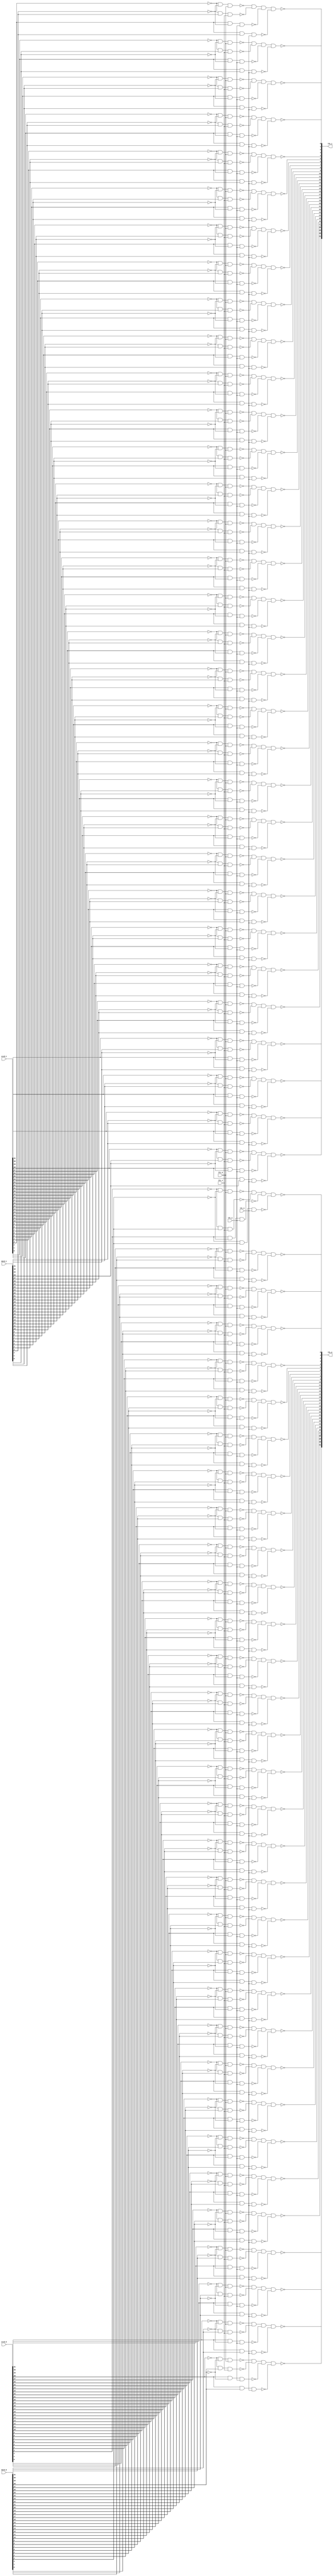
module lfu
(
	output [0:31] lfu_0,
	output [0:31] lfu_1,
	input [0:31] srcd_0,
	input [0:31] srcd_1,
	input [0:31] dstd_0,
	input [0:31] dstd_1,
	input lfc_0,
	input lfc_1,
	input lfc_2,
	input lfc_3
);
wire [0:31] dstd_n_0;
wire [0:31] dstd_n_1;
wire [0:31] lfunc_0;
wire [0:31] lfunc_1;
wire [0:31] lfunc_2;
wire [0:31] lfunc_3;
wire [0:31] lfuncb_0;
wire [0:31] lfuncb_1;
wire [0:31] lfuncb_2;
wire [0:31] lfuncb_3;
wire [0:31] srcd_n_0;
wire [0:31] srcd_n_1;
wire [0:31] trma_0;
wire [0:31] trma_1;
wire [0:31] trmb_0;
wire [0:31] trmb_1;
wire [0:31] trmc_0;
wire [0:31] trmc_1;
wire [0:31] trmd_0;
wire [0:31] trmd_1;
wire lfcb_0;
wire lfcb_1;
wire lfcb_2;
wire lfcb_3;

// LFU.NET (24) - srcd\[0-1] : iv
assign srcd_n_0[0] = ~srcd_0[0];
assign srcd_n_0[1] = ~srcd_0[1];
assign srcd_n_0[2] = ~srcd_0[2];
assign srcd_n_0[3] = ~srcd_0[3];
assign srcd_n_0[4] = ~srcd_0[4];
assign srcd_n_0[5] = ~srcd_0[5];
assign srcd_n_0[6] = ~srcd_0[6];
assign srcd_n_0[7] = ~srcd_0[7];
assign srcd_n_0[8] = ~srcd_0[8];
assign srcd_n_0[9] = ~srcd_0[9];
assign srcd_n_0[10] = ~srcd_0[10];
assign srcd_n_0[11] = ~srcd_0[11];
assign srcd_n_0[12] = ~srcd_0[12];
assign srcd_n_0[13] = ~srcd_0[13];
assign srcd_n_0[14] = ~srcd_0[14];
assign srcd_n_0[15] = ~srcd_0[15];
assign srcd_n_0[16] = ~srcd_0[16];
assign srcd_n_0[17] = ~srcd_0[17];
assign srcd_n_0[18] = ~srcd_0[18];
assign srcd_n_0[19] = ~srcd_0[19];
assign srcd_n_0[20] = ~srcd_0[20];
assign srcd_n_0[21] = ~srcd_0[21];
assign srcd_n_0[22] = ~srcd_0[22];
assign srcd_n_0[23] = ~srcd_0[23];
assign srcd_n_0[24] = ~srcd_0[24];
assign srcd_n_0[25] = ~srcd_0[25];
assign srcd_n_0[26] = ~srcd_0[26];
assign srcd_n_0[27] = ~srcd_0[27];
assign srcd_n_0[28] = ~srcd_0[28];
assign srcd_n_0[29] = ~srcd_0[29];
assign srcd_n_0[30] = ~srcd_0[30];
assign srcd_n_0[31] = ~srcd_0[31];
assign srcd_n_1[0] = ~srcd_1[0];
assign srcd_n_1[1] = ~srcd_1[1];
assign srcd_n_1[2] = ~srcd_1[2];
assign srcd_n_1[3] = ~srcd_1[3];
assign srcd_n_1[4] = ~srcd_1[4];
assign srcd_n_1[5] = ~srcd_1[5];
assign srcd_n_1[6] = ~srcd_1[6];
assign srcd_n_1[7] = ~srcd_1[7];
assign srcd_n_1[8] = ~srcd_1[8];
assign srcd_n_1[9] = ~srcd_1[9];
assign srcd_n_1[10] = ~srcd_1[10];
assign srcd_n_1[11] = ~srcd_1[11];
assign srcd_n_1[12] = ~srcd_1[12];
assign srcd_n_1[13] = ~srcd_1[13];
assign srcd_n_1[14] = ~srcd_1[14];
assign srcd_n_1[15] = ~srcd_1[15];
assign srcd_n_1[16] = ~srcd_1[16];
assign srcd_n_1[17] = ~srcd_1[17];
assign srcd_n_1[18] = ~srcd_1[18];
assign srcd_n_1[19] = ~srcd_1[19];
assign srcd_n_1[20] = ~srcd_1[20];
assign srcd_n_1[21] = ~srcd_1[21];
assign srcd_n_1[22] = ~srcd_1[22];
assign srcd_n_1[23] = ~srcd_1[23];
assign srcd_n_1[24] = ~srcd_1[24];
assign srcd_n_1[25] = ~srcd_1[25];
assign srcd_n_1[26] = ~srcd_1[26];
assign srcd_n_1[27] = ~srcd_1[27];
assign srcd_n_1[28] = ~srcd_1[28];
assign srcd_n_1[29] = ~srcd_1[29];
assign srcd_n_1[30] = ~srcd_1[30];
assign srcd_n_1[31] = ~srcd_1[31];

// LFU.NET (25) - dstd\[0-1] : iv
assign dstd_n_0[0] = ~dstd_0[0];
assign dstd_n_0[1] = ~dstd_0[1];
assign dstd_n_0[2] = ~dstd_0[2];
assign dstd_n_0[3] = ~dstd_0[3];
assign dstd_n_0[4] = ~dstd_0[4];
assign dstd_n_0[5] = ~dstd_0[5];
assign dstd_n_0[6] = ~dstd_0[6];
assign dstd_n_0[7] = ~dstd_0[7];
assign dstd_n_0[8] = ~dstd_0[8];
assign dstd_n_0[9] = ~dstd_0[9];
assign dstd_n_0[10] = ~dstd_0[10];
assign dstd_n_0[11] = ~dstd_0[11];
assign dstd_n_0[12] = ~dstd_0[12];
assign dstd_n_0[13] = ~dstd_0[13];
assign dstd_n_0[14] = ~dstd_0[14];
assign dstd_n_0[15] = ~dstd_0[15];
assign dstd_n_0[16] = ~dstd_0[16];
assign dstd_n_0[17] = ~dstd_0[17];
assign dstd_n_0[18] = ~dstd_0[18];
assign dstd_n_0[19] = ~dstd_0[19];
assign dstd_n_0[20] = ~dstd_0[20];
assign dstd_n_0[21] = ~dstd_0[21];
assign dstd_n_0[22] = ~dstd_0[22];
assign dstd_n_0[23] = ~dstd_0[23];
assign dstd_n_0[24] = ~dstd_0[24];
assign dstd_n_0[25] = ~dstd_0[25];
assign dstd_n_0[26] = ~dstd_0[26];
assign dstd_n_0[27] = ~dstd_0[27];
assign dstd_n_0[28] = ~dstd_0[28];
assign dstd_n_0[29] = ~dstd_0[29];
assign dstd_n_0[30] = ~dstd_0[30];
assign dstd_n_0[31] = ~dstd_0[31];
assign dstd_n_1[0] = ~dstd_1[0];
assign dstd_n_1[1] = ~dstd_1[1];
assign dstd_n_1[2] = ~dstd_1[2];
assign dstd_n_1[3] = ~dstd_1[3];
assign dstd_n_1[4] = ~dstd_1[4];
assign dstd_n_1[5] = ~dstd_1[5];
assign dstd_n_1[6] = ~dstd_1[6];
assign dstd_n_1[7] = ~dstd_1[7];
assign dstd_n_1[8] = ~dstd_1[8];
assign dstd_n_1[9] = ~dstd_1[9];
assign dstd_n_1[10] = ~dstd_1[10];
assign dstd_n_1[11] = ~dstd_1[11];
assign dstd_n_1[12] = ~dstd_1[12];
assign dstd_n_1[13] = ~dstd_1[13];
assign dstd_n_1[14] = ~dstd_1[14];
assign dstd_n_1[15] = ~dstd_1[15];
assign dstd_n_1[16] = ~dstd_1[16];
assign dstd_n_1[17] = ~dstd_1[17];
assign dstd_n_1[18] = ~dstd_1[18];
assign dstd_n_1[19] = ~dstd_1[19];
assign dstd_n_1[20] = ~dstd_1[20];
assign dstd_n_1[21] = ~dstd_1[21];
assign dstd_n_1[22] = ~dstd_1[22];
assign dstd_n_1[23] = ~dstd_1[23];
assign dstd_n_1[24] = ~dstd_1[24];
assign dstd_n_1[25] = ~dstd_1[25];
assign dstd_n_1[26] = ~dstd_1[26];
assign dstd_n_1[27] = ~dstd_1[27];
assign dstd_n_1[28] = ~dstd_1[28];
assign dstd_n_1[29] = ~dstd_1[29];
assign dstd_n_1[30] = ~dstd_1[30];
assign dstd_n_1[31] = ~dstd_1[31];

// LFU.NET (26) - lfcb[0-3] : nivu
assign lfcb_0 = lfc_0;
assign lfcb_1 = lfc_1;
assign lfcb_2 = lfc_2;
assign lfcb_3 = lfc_3;

// LFU.NET (27) - lfunc[0-3] : join
assign lfunc_0[0] = lfc_0;
assign lfunc_0[1] = lfc_0;
assign lfunc_0[2] = lfc_0;
assign lfunc_0[3] = lfc_0;
assign lfunc_0[4] = lfc_0;
assign lfunc_0[5] = lfc_0;
assign lfunc_0[6] = lfc_0;
assign lfunc_0[7] = lfc_0;
assign lfunc_0[8] = lfc_0;
assign lfunc_0[9] = lfc_0;
assign lfunc_0[10] = lfc_0;
assign lfunc_0[11] = lfc_0;
assign lfunc_0[12] = lfc_0;
assign lfunc_0[13] = lfc_0;
assign lfunc_0[14] = lfc_0;
assign lfunc_0[15] = lfc_0;
assign lfunc_0[16] = lfc_0;
assign lfunc_0[17] = lfc_0;
assign lfunc_0[18] = lfc_0;
assign lfunc_0[19] = lfc_0;
assign lfunc_0[20] = lfc_0;
assign lfunc_0[21] = lfc_0;
assign lfunc_0[22] = lfc_0;
assign lfunc_0[23] = lfc_0;
assign lfunc_0[24] = lfc_0;
assign lfunc_0[25] = lfc_0;
assign lfunc_0[26] = lfc_0;
assign lfunc_0[27] = lfc_0;
assign lfunc_0[28] = lfc_0;
assign lfunc_0[29] = lfc_0;
assign lfunc_0[30] = lfc_0;
assign lfunc_0[31] = lfc_0;
assign lfunc_1[0] = lfc_1;
assign lfunc_1[1] = lfc_1;
assign lfunc_1[2] = lfc_1;
assign lfunc_1[3] = lfc_1;
assign lfunc_1[4] = lfc_1;
assign lfunc_1[5] = lfc_1;
assign lfunc_1[6] = lfc_1;
assign lfunc_1[7] = lfc_1;
assign lfunc_1[8] = lfc_1;
assign lfunc_1[9] = lfc_1;
assign lfunc_1[10] = lfc_1;
assign lfunc_1[11] = lfc_1;
assign lfunc_1[12] = lfc_1;
assign lfunc_1[13] = lfc_1;
assign lfunc_1[14] = lfc_1;
assign lfunc_1[15] = lfc_1;
assign lfunc_1[16] = lfc_1;
assign lfunc_1[17] = lfc_1;
assign lfunc_1[18] = lfc_1;
assign lfunc_1[19] = lfc_1;
assign lfunc_1[20] = lfc_1;
assign lfunc_1[21] = lfc_1;
assign lfunc_1[22] = lfc_1;
assign lfunc_1[23] = lfc_1;
assign lfunc_1[24] = lfc_1;
assign lfunc_1[25] = lfc_1;
assign lfunc_1[26] = lfc_1;
assign lfunc_1[27] = lfc_1;
assign lfunc_1[28] = lfc_1;
assign lfunc_1[29] = lfc_1;
assign lfunc_1[30] = lfc_1;
assign lfunc_1[31] = lfc_1;
assign lfunc_2[0] = lfc_2;
assign lfunc_2[1] = lfc_2;
assign lfunc_2[2] = lfc_2;
assign lfunc_2[3] = lfc_2;
assign lfunc_2[4] = lfc_2;
assign lfunc_2[5] = lfc_2;
assign lfunc_2[6] = lfc_2;
assign lfunc_2[7] = lfc_2;
assign lfunc_2[8] = lfc_2;
assign lfunc_2[9] = lfc_2;
assign lfunc_2[10] = lfc_2;
assign lfunc_2[11] = lfc_2;
assign lfunc_2[12] = lfc_2;
assign lfunc_2[13] = lfc_2;
assign lfunc_2[14] = lfc_2;
assign lfunc_2[15] = lfc_2;
assign lfunc_2[16] = lfc_2;
assign lfunc_2[17] = lfc_2;
assign lfunc_2[18] = lfc_2;
assign lfunc_2[19] = lfc_2;
assign lfunc_2[20] = lfc_2;
assign lfunc_2[21] = lfc_2;
assign lfunc_2[22] = lfc_2;
assign lfunc_2[23] = lfc_2;
assign lfunc_2[24] = lfc_2;
assign lfunc_2[25] = lfc_2;
assign lfunc_2[26] = lfc_2;
assign lfunc_2[27] = lfc_2;
assign lfunc_2[28] = lfc_2;
assign lfunc_2[29] = lfc_2;
assign lfunc_2[30] = lfc_2;
assign lfunc_2[31] = lfc_2;
assign lfunc_3[0] = lfc_3;
assign lfunc_3[1] = lfc_3;
assign lfunc_3[2] = lfc_3;
assign lfunc_3[3] = lfc_3;
assign lfunc_3[4] = lfc_3;
assign lfunc_3[5] = lfc_3;
assign lfunc_3[6] = lfc_3;
assign lfunc_3[7] = lfc_3;
assign lfunc_3[8] = lfc_3;
assign lfunc_3[9] = lfc_3;
assign lfunc_3[10] = lfc_3;
assign lfunc_3[11] = lfc_3;
assign lfunc_3[12] = lfc_3;
assign lfunc_3[13] = lfc_3;
assign lfunc_3[14] = lfc_3;
assign lfunc_3[15] = lfc_3;
assign lfunc_3[16] = lfc_3;
assign lfunc_3[17] = lfc_3;
assign lfunc_3[18] = lfc_3;
assign lfunc_3[19] = lfc_3;
assign lfunc_3[20] = lfc_3;
assign lfunc_3[21] = lfc_3;
assign lfunc_3[22] = lfc_3;
assign lfunc_3[23] = lfc_3;
assign lfunc_3[24] = lfc_3;
assign lfunc_3[25] = lfc_3;
assign lfunc_3[26] = lfc_3;
assign lfunc_3[27] = lfc_3;
assign lfunc_3[28] = lfc_3;
assign lfunc_3[29] = lfc_3;
assign lfunc_3[30] = lfc_3;
assign lfunc_3[31] = lfc_3;

// LFU.NET (36) - lfuncb[0-3] : join
assign lfuncb_0[0] = lfcb_0;
assign lfuncb_0[1] = lfcb_0;
assign lfuncb_0[2] = lfcb_0;
assign lfuncb_0[3] = lfcb_0;
assign lfuncb_0[4] = lfcb_0;
assign lfuncb_0[5] = lfcb_0;
assign lfuncb_0[6] = lfcb_0;
assign lfuncb_0[7] = lfcb_0;
assign lfuncb_0[8] = lfcb_0;
assign lfuncb_0[9] = lfcb_0;
assign lfuncb_0[10] = lfcb_0;
assign lfuncb_0[11] = lfcb_0;
assign lfuncb_0[12] = lfcb_0;
assign lfuncb_0[13] = lfcb_0;
assign lfuncb_0[14] = lfcb_0;
assign lfuncb_0[15] = lfcb_0;
assign lfuncb_0[16] = lfcb_0;
assign lfuncb_0[17] = lfcb_0;
assign lfuncb_0[18] = lfcb_0;
assign lfuncb_0[19] = lfcb_0;
assign lfuncb_0[20] = lfcb_0;
assign lfuncb_0[21] = lfcb_0;
assign lfuncb_0[22] = lfcb_0;
assign lfuncb_0[23] = lfcb_0;
assign lfuncb_0[24] = lfcb_0;
assign lfuncb_0[25] = lfcb_0;
assign lfuncb_0[26] = lfcb_0;
assign lfuncb_0[27] = lfcb_0;
assign lfuncb_0[28] = lfcb_0;
assign lfuncb_0[29] = lfcb_0;
assign lfuncb_0[30] = lfcb_0;
assign lfuncb_0[31] = lfcb_0;
assign lfuncb_1[0] = lfcb_1;
assign lfuncb_1[1] = lfcb_1;
assign lfuncb_1[2] = lfcb_1;
assign lfuncb_1[3] = lfcb_1;
assign lfuncb_1[4] = lfcb_1;
assign lfuncb_1[5] = lfcb_1;
assign lfuncb_1[6] = lfcb_1;
assign lfuncb_1[7] = lfcb_1;
assign lfuncb_1[8] = lfcb_1;
assign lfuncb_1[9] = lfcb_1;
assign lfuncb_1[10] = lfcb_1;
assign lfuncb_1[11] = lfcb_1;
assign lfuncb_1[12] = lfcb_1;
assign lfuncb_1[13] = lfcb_1;
assign lfuncb_1[14] = lfcb_1;
assign lfuncb_1[15] = lfcb_1;
assign lfuncb_1[16] = lfcb_1;
assign lfuncb_1[17] = lfcb_1;
assign lfuncb_1[18] = lfcb_1;
assign lfuncb_1[19] = lfcb_1;
assign lfuncb_1[20] = lfcb_1;
assign lfuncb_1[21] = lfcb_1;
assign lfuncb_1[22] = lfcb_1;
assign lfuncb_1[23] = lfcb_1;
assign lfuncb_1[24] = lfcb_1;
assign lfuncb_1[25] = lfcb_1;
assign lfuncb_1[26] = lfcb_1;
assign lfuncb_1[27] = lfcb_1;
assign lfuncb_1[28] = lfcb_1;
assign lfuncb_1[29] = lfcb_1;
assign lfuncb_1[30] = lfcb_1;
assign lfuncb_1[31] = lfcb_1;
assign lfuncb_2[0] = lfcb_2;
assign lfuncb_2[1] = lfcb_2;
assign lfuncb_2[2] = lfcb_2;
assign lfuncb_2[3] = lfcb_2;
assign lfuncb_2[4] = lfcb_2;
assign lfuncb_2[5] = lfcb_2;
assign lfuncb_2[6] = lfcb_2;
assign lfuncb_2[7] = lfcb_2;
assign lfuncb_2[8] = lfcb_2;
assign lfuncb_2[9] = lfcb_2;
assign lfuncb_2[10] = lfcb_2;
assign lfuncb_2[11] = lfcb_2;
assign lfuncb_2[12] = lfcb_2;
assign lfuncb_2[13] = lfcb_2;
assign lfuncb_2[14] = lfcb_2;
assign lfuncb_2[15] = lfcb_2;
assign lfuncb_2[16] = lfcb_2;
assign lfuncb_2[17] = lfcb_2;
assign lfuncb_2[18] = lfcb_2;
assign lfuncb_2[19] = lfcb_2;
assign lfuncb_2[20] = lfcb_2;
assign lfuncb_2[21] = lfcb_2;
assign lfuncb_2[22] = lfcb_2;
assign lfuncb_2[23] = lfcb_2;
assign lfuncb_2[24] = lfcb_2;
assign lfuncb_2[25] = lfcb_2;
assign lfuncb_2[26] = lfcb_2;
assign lfuncb_2[27] = lfcb_2;
assign lfuncb_2[28] = lfcb_2;
assign lfuncb_2[29] = lfcb_2;
assign lfuncb_2[30] = lfcb_2;
assign lfuncb_2[31] = lfcb_2;
assign lfuncb_3[0] = lfcb_3;
assign lfuncb_3[1] = lfcb_3;
assign lfuncb_3[2] = lfcb_3;
assign lfuncb_3[3] = lfcb_3;
assign lfuncb_3[4] = lfcb_3;
assign lfuncb_3[5] = lfcb_3;
assign lfuncb_3[6] = lfcb_3;
assign lfuncb_3[7] = lfcb_3;
assign lfuncb_3[8] = lfcb_3;
assign lfuncb_3[9] = lfcb_3;
assign lfuncb_3[10] = lfcb_3;
assign lfuncb_3[11] = lfcb_3;
assign lfuncb_3[12] = lfcb_3;
assign lfuncb_3[13] = lfcb_3;
assign lfuncb_3[14] = lfcb_3;
assign lfuncb_3[15] = lfcb_3;
assign lfuncb_3[16] = lfcb_3;
assign lfuncb_3[17] = lfcb_3;
assign lfuncb_3[18] = lfcb_3;
assign lfuncb_3[19] = lfcb_3;
assign lfuncb_3[20] = lfcb_3;
assign lfuncb_3[21] = lfcb_3;
assign lfuncb_3[22] = lfcb_3;
assign lfuncb_3[23] = lfcb_3;
assign lfuncb_3[24] = lfcb_3;
assign lfuncb_3[25] = lfcb_3;
assign lfuncb_3[26] = lfcb_3;
assign lfuncb_3[27] = lfcb_3;
assign lfuncb_3[28] = lfcb_3;
assign lfuncb_3[29] = lfcb_3;
assign lfuncb_3[30] = lfcb_3;
assign lfuncb_3[31] = lfcb_3;

// LFU.NET (45) - lftrma[0] : nd3
assign trma_0[0] = ~(srcd_n_0[0] & dstd_n_0[0] & lfunc_0[0]);
assign trma_0[1] = ~(srcd_n_0[1] & dstd_n_0[1] & lfunc_0[1]);
assign trma_0[2] = ~(srcd_n_0[2] & dstd_n_0[2] & lfunc_0[2]);
assign trma_0[3] = ~(srcd_n_0[3] & dstd_n_0[3] & lfunc_0[3]);
assign trma_0[4] = ~(srcd_n_0[4] & dstd_n_0[4] & lfunc_0[4]);
assign trma_0[5] = ~(srcd_n_0[5] & dstd_n_0[5] & lfunc_0[5]);
assign trma_0[6] = ~(srcd_n_0[6] & dstd_n_0[6] & lfunc_0[6]);
assign trma_0[7] = ~(srcd_n_0[7] & dstd_n_0[7] & lfunc_0[7]);
assign trma_0[8] = ~(srcd_n_0[8] & dstd_n_0[8] & lfunc_0[8]);
assign trma_0[9] = ~(srcd_n_0[9] & dstd_n_0[9] & lfunc_0[9]);
assign trma_0[10] = ~(srcd_n_0[10] & dstd_n_0[10] & lfunc_0[10]);
assign trma_0[11] = ~(srcd_n_0[11] & dstd_n_0[11] & lfunc_0[11]);
assign trma_0[12] = ~(srcd_n_0[12] & dstd_n_0[12] & lfunc_0[12]);
assign trma_0[13] = ~(srcd_n_0[13] & dstd_n_0[13] & lfunc_0[13]);
assign trma_0[14] = ~(srcd_n_0[14] & dstd_n_0[14] & lfunc_0[14]);
assign trma_0[15] = ~(srcd_n_0[15] & dstd_n_0[15] & lfunc_0[15]);
assign trma_0[16] = ~(srcd_n_0[16] & dstd_n_0[16] & lfunc_0[16]);
assign trma_0[17] = ~(srcd_n_0[17] & dstd_n_0[17] & lfunc_0[17]);
assign trma_0[18] = ~(srcd_n_0[18] & dstd_n_0[18] & lfunc_0[18]);
assign trma_0[19] = ~(srcd_n_0[19] & dstd_n_0[19] & lfunc_0[19]);
assign trma_0[20] = ~(srcd_n_0[20] & dstd_n_0[20] & lfunc_0[20]);
assign trma_0[21] = ~(srcd_n_0[21] & dstd_n_0[21] & lfunc_0[21]);
assign trma_0[22] = ~(srcd_n_0[22] & dstd_n_0[22] & lfunc_0[22]);
assign trma_0[23] = ~(srcd_n_0[23] & dstd_n_0[23] & lfunc_0[23]);
assign trma_0[24] = ~(srcd_n_0[24] & dstd_n_0[24] & lfunc_0[24]);
assign trma_0[25] = ~(srcd_n_0[25] & dstd_n_0[25] & lfunc_0[25]);
assign trma_0[26] = ~(srcd_n_0[26] & dstd_n_0[26] & lfunc_0[26]);
assign trma_0[27] = ~(srcd_n_0[27] & dstd_n_0[27] & lfunc_0[27]);
assign trma_0[28] = ~(srcd_n_0[28] & dstd_n_0[28] & lfunc_0[28]);
assign trma_0[29] = ~(srcd_n_0[29] & dstd_n_0[29] & lfunc_0[29]);
assign trma_0[30] = ~(srcd_n_0[30] & dstd_n_0[30] & lfunc_0[30]);
assign trma_0[31] = ~(srcd_n_0[31] & dstd_n_0[31] & lfunc_0[31]);

// LFU.NET (47) - lftrmb[0] : nd3
assign trmb_0[0] = ~(srcd_n_0[0] & dstd_0[0] & lfunc_1[0]);
assign trmb_0[1] = ~(srcd_n_0[1] & dstd_0[1] & lfunc_1[1]);
assign trmb_0[2] = ~(srcd_n_0[2] & dstd_0[2] & lfunc_1[2]);
assign trmb_0[3] = ~(srcd_n_0[3] & dstd_0[3] & lfunc_1[3]);
assign trmb_0[4] = ~(srcd_n_0[4] & dstd_0[4] & lfunc_1[4]);
assign trmb_0[5] = ~(srcd_n_0[5] & dstd_0[5] & lfunc_1[5]);
assign trmb_0[6] = ~(srcd_n_0[6] & dstd_0[6] & lfunc_1[6]);
assign trmb_0[7] = ~(srcd_n_0[7] & dstd_0[7] & lfunc_1[7]);
assign trmb_0[8] = ~(srcd_n_0[8] & dstd_0[8] & lfunc_1[8]);
assign trmb_0[9] = ~(srcd_n_0[9] & dstd_0[9] & lfunc_1[9]);
assign trmb_0[10] = ~(srcd_n_0[10] & dstd_0[10] & lfunc_1[10]);
assign trmb_0[11] = ~(srcd_n_0[11] & dstd_0[11] & lfunc_1[11]);
assign trmb_0[12] = ~(srcd_n_0[12] & dstd_0[12] & lfunc_1[12]);
assign trmb_0[13] = ~(srcd_n_0[13] & dstd_0[13] & lfunc_1[13]);
assign trmb_0[14] = ~(srcd_n_0[14] & dstd_0[14] & lfunc_1[14]);
assign trmb_0[15] = ~(srcd_n_0[15] & dstd_0[15] & lfunc_1[15]);
assign trmb_0[16] = ~(srcd_n_0[16] & dstd_0[16] & lfunc_1[16]);
assign trmb_0[17] = ~(srcd_n_0[17] & dstd_0[17] & lfunc_1[17]);
assign trmb_0[18] = ~(srcd_n_0[18] & dstd_0[18] & lfunc_1[18]);
assign trmb_0[19] = ~(srcd_n_0[19] & dstd_0[19] & lfunc_1[19]);
assign trmb_0[20] = ~(srcd_n_0[20] & dstd_0[20] & lfunc_1[20]);
assign trmb_0[21] = ~(srcd_n_0[21] & dstd_0[21] & lfunc_1[21]);
assign trmb_0[22] = ~(srcd_n_0[22] & dstd_0[22] & lfunc_1[22]);
assign trmb_0[23] = ~(srcd_n_0[23] & dstd_0[23] & lfunc_1[23]);
assign trmb_0[24] = ~(srcd_n_0[24] & dstd_0[24] & lfunc_1[24]);
assign trmb_0[25] = ~(srcd_n_0[25] & dstd_0[25] & lfunc_1[25]);
assign trmb_0[26] = ~(srcd_n_0[26] & dstd_0[26] & lfunc_1[26]);
assign trmb_0[27] = ~(srcd_n_0[27] & dstd_0[27] & lfunc_1[27]);
assign trmb_0[28] = ~(srcd_n_0[28] & dstd_0[28] & lfunc_1[28]);
assign trmb_0[29] = ~(srcd_n_0[29] & dstd_0[29] & lfunc_1[29]);
assign trmb_0[30] = ~(srcd_n_0[30] & dstd_0[30] & lfunc_1[30]);
assign trmb_0[31] = ~(srcd_n_0[31] & dstd_0[31] & lfunc_1[31]);

// LFU.NET (49) - lftrmc[0] : nd3
assign trmc_0[0] = ~(srcd_0[0] & dstd_n_0[0] & lfunc_2[0]);
assign trmc_0[1] = ~(srcd_0[1] & dstd_n_0[1] & lfunc_2[1]);
assign trmc_0[2] = ~(srcd_0[2] & dstd_n_0[2] & lfunc_2[2]);
assign trmc_0[3] = ~(srcd_0[3] & dstd_n_0[3] & lfunc_2[3]);
assign trmc_0[4] = ~(srcd_0[4] & dstd_n_0[4] & lfunc_2[4]);
assign trmc_0[5] = ~(srcd_0[5] & dstd_n_0[5] & lfunc_2[5]);
assign trmc_0[6] = ~(srcd_0[6] & dstd_n_0[6] & lfunc_2[6]);
assign trmc_0[7] = ~(srcd_0[7] & dstd_n_0[7] & lfunc_2[7]);
assign trmc_0[8] = ~(srcd_0[8] & dstd_n_0[8] & lfunc_2[8]);
assign trmc_0[9] = ~(srcd_0[9] & dstd_n_0[9] & lfunc_2[9]);
assign trmc_0[10] = ~(srcd_0[10] & dstd_n_0[10] & lfunc_2[10]);
assign trmc_0[11] = ~(srcd_0[11] & dstd_n_0[11] & lfunc_2[11]);
assign trmc_0[12] = ~(srcd_0[12] & dstd_n_0[12] & lfunc_2[12]);
assign trmc_0[13] = ~(srcd_0[13] & dstd_n_0[13] & lfunc_2[13]);
assign trmc_0[14] = ~(srcd_0[14] & dstd_n_0[14] & lfunc_2[14]);
assign trmc_0[15] = ~(srcd_0[15] & dstd_n_0[15] & lfunc_2[15]);
assign trmc_0[16] = ~(srcd_0[16] & dstd_n_0[16] & lfunc_2[16]);
assign trmc_0[17] = ~(srcd_0[17] & dstd_n_0[17] & lfunc_2[17]);
assign trmc_0[18] = ~(srcd_0[18] & dstd_n_0[18] & lfunc_2[18]);
assign trmc_0[19] = ~(srcd_0[19] & dstd_n_0[19] & lfunc_2[19]);
assign trmc_0[20] = ~(srcd_0[20] & dstd_n_0[20] & lfunc_2[20]);
assign trmc_0[21] = ~(srcd_0[21] & dstd_n_0[21] & lfunc_2[21]);
assign trmc_0[22] = ~(srcd_0[22] & dstd_n_0[22] & lfunc_2[22]);
assign trmc_0[23] = ~(srcd_0[23] & dstd_n_0[23] & lfunc_2[23]);
assign trmc_0[24] = ~(srcd_0[24] & dstd_n_0[24] & lfunc_2[24]);
assign trmc_0[25] = ~(srcd_0[25] & dstd_n_0[25] & lfunc_2[25]);
assign trmc_0[26] = ~(srcd_0[26] & dstd_n_0[26] & lfunc_2[26]);
assign trmc_0[27] = ~(srcd_0[27] & dstd_n_0[27] & lfunc_2[27]);
assign trmc_0[28] = ~(srcd_0[28] & dstd_n_0[28] & lfunc_2[28]);
assign trmc_0[29] = ~(srcd_0[29] & dstd_n_0[29] & lfunc_2[29]);
assign trmc_0[30] = ~(srcd_0[30] & dstd_n_0[30] & lfunc_2[30]);
assign trmc_0[31] = ~(srcd_0[31] & dstd_n_0[31] & lfunc_2[31]);

// LFU.NET (51) - lftrmd[0] : nd3
assign trmd_0[0] = ~(srcd_0[0] & dstd_0[0] & lfunc_3[0]);
assign trmd_0[1] = ~(srcd_0[1] & dstd_0[1] & lfunc_3[1]);
assign trmd_0[2] = ~(srcd_0[2] & dstd_0[2] & lfunc_3[2]);
assign trmd_0[3] = ~(srcd_0[3] & dstd_0[3] & lfunc_3[3]);
assign trmd_0[4] = ~(srcd_0[4] & dstd_0[4] & lfunc_3[4]);
assign trmd_0[5] = ~(srcd_0[5] & dstd_0[5] & lfunc_3[5]);
assign trmd_0[6] = ~(srcd_0[6] & dstd_0[6] & lfunc_3[6]);
assign trmd_0[7] = ~(srcd_0[7] & dstd_0[7] & lfunc_3[7]);
assign trmd_0[8] = ~(srcd_0[8] & dstd_0[8] & lfunc_3[8]);
assign trmd_0[9] = ~(srcd_0[9] & dstd_0[9] & lfunc_3[9]);
assign trmd_0[10] = ~(srcd_0[10] & dstd_0[10] & lfunc_3[10]);
assign trmd_0[11] = ~(srcd_0[11] & dstd_0[11] & lfunc_3[11]);
assign trmd_0[12] = ~(srcd_0[12] & dstd_0[12] & lfunc_3[12]);
assign trmd_0[13] = ~(srcd_0[13] & dstd_0[13] & lfunc_3[13]);
assign trmd_0[14] = ~(srcd_0[14] & dstd_0[14] & lfunc_3[14]);
assign trmd_0[15] = ~(srcd_0[15] & dstd_0[15] & lfunc_3[15]);
assign trmd_0[16] = ~(srcd_0[16] & dstd_0[16] & lfunc_3[16]);
assign trmd_0[17] = ~(srcd_0[17] & dstd_0[17] & lfunc_3[17]);
assign trmd_0[18] = ~(srcd_0[18] & dstd_0[18] & lfunc_3[18]);
assign trmd_0[19] = ~(srcd_0[19] & dstd_0[19] & lfunc_3[19]);
assign trmd_0[20] = ~(srcd_0[20] & dstd_0[20] & lfunc_3[20]);
assign trmd_0[21] = ~(srcd_0[21] & dstd_0[21] & lfunc_3[21]);
assign trmd_0[22] = ~(srcd_0[22] & dstd_0[22] & lfunc_3[22]);
assign trmd_0[23] = ~(srcd_0[23] & dstd_0[23] & lfunc_3[23]);
assign trmd_0[24] = ~(srcd_0[24] & dstd_0[24] & lfunc_3[24]);
assign trmd_0[25] = ~(srcd_0[25] & dstd_0[25] & lfunc_3[25]);
assign trmd_0[26] = ~(srcd_0[26] & dstd_0[26] & lfunc_3[26]);
assign trmd_0[27] = ~(srcd_0[27] & dstd_0[27] & lfunc_3[27]);
assign trmd_0[28] = ~(srcd_0[28] & dstd_0[28] & lfunc_3[28]);
assign trmd_0[29] = ~(srcd_0[29] & dstd_0[29] & lfunc_3[29]);
assign trmd_0[30] = ~(srcd_0[30] & dstd_0[30] & lfunc_3[30]);
assign trmd_0[31] = ~(srcd_0[31] & dstd_0[31] & lfunc_3[31]);

// LFU.NET (53) - lftrma[1] : nd3
assign trma_1[0] = ~(srcd_n_1[0] & dstd_n_1[0] & lfuncb_0[0]);
assign trma_1[1] = ~(srcd_n_1[1] & dstd_n_1[1] & lfuncb_0[1]);
assign trma_1[2] = ~(srcd_n_1[2] & dstd_n_1[2] & lfuncb_0[2]);
assign trma_1[3] = ~(srcd_n_1[3] & dstd_n_1[3] & lfuncb_0[3]);
assign trma_1[4] = ~(srcd_n_1[4] & dstd_n_1[4] & lfuncb_0[4]);
assign trma_1[5] = ~(srcd_n_1[5] & dstd_n_1[5] & lfuncb_0[5]);
assign trma_1[6] = ~(srcd_n_1[6] & dstd_n_1[6] & lfuncb_0[6]);
assign trma_1[7] = ~(srcd_n_1[7] & dstd_n_1[7] & lfuncb_0[7]);
assign trma_1[8] = ~(srcd_n_1[8] & dstd_n_1[8] & lfuncb_0[8]);
assign trma_1[9] = ~(srcd_n_1[9] & dstd_n_1[9] & lfuncb_0[9]);
assign trma_1[10] = ~(srcd_n_1[10] & dstd_n_1[10] & lfuncb_0[10]);
assign trma_1[11] = ~(srcd_n_1[11] & dstd_n_1[11] & lfuncb_0[11]);
assign trma_1[12] = ~(srcd_n_1[12] & dstd_n_1[12] & lfuncb_0[12]);
assign trma_1[13] = ~(srcd_n_1[13] & dstd_n_1[13] & lfuncb_0[13]);
assign trma_1[14] = ~(srcd_n_1[14] & dstd_n_1[14] & lfuncb_0[14]);
assign trma_1[15] = ~(srcd_n_1[15] & dstd_n_1[15] & lfuncb_0[15]);
assign trma_1[16] = ~(srcd_n_1[16] & dstd_n_1[16] & lfuncb_0[16]);
assign trma_1[17] = ~(srcd_n_1[17] & dstd_n_1[17] & lfuncb_0[17]);
assign trma_1[18] = ~(srcd_n_1[18] & dstd_n_1[18] & lfuncb_0[18]);
assign trma_1[19] = ~(srcd_n_1[19] & dstd_n_1[19] & lfuncb_0[19]);
assign trma_1[20] = ~(srcd_n_1[20] & dstd_n_1[20] & lfuncb_0[20]);
assign trma_1[21] = ~(srcd_n_1[21] & dstd_n_1[21] & lfuncb_0[21]);
assign trma_1[22] = ~(srcd_n_1[22] & dstd_n_1[22] & lfuncb_0[22]);
assign trma_1[23] = ~(srcd_n_1[23] & dstd_n_1[23] & lfuncb_0[23]);
assign trma_1[24] = ~(srcd_n_1[24] & dstd_n_1[24] & lfuncb_0[24]);
assign trma_1[25] = ~(srcd_n_1[25] & dstd_n_1[25] & lfuncb_0[25]);
assign trma_1[26] = ~(srcd_n_1[26] & dstd_n_1[26] & lfuncb_0[26]);
assign trma_1[27] = ~(srcd_n_1[27] & dstd_n_1[27] & lfuncb_0[27]);
assign trma_1[28] = ~(srcd_n_1[28] & dstd_n_1[28] & lfuncb_0[28]);
assign trma_1[29] = ~(srcd_n_1[29] & dstd_n_1[29] & lfuncb_0[29]);
assign trma_1[30] = ~(srcd_n_1[30] & dstd_n_1[30] & lfuncb_0[30]);
assign trma_1[31] = ~(srcd_n_1[31] & dstd_n_1[31] & lfuncb_0[31]);

// LFU.NET (55) - lftrmb[1] : nd3
assign trmb_1[0] = ~(srcd_n_1[0] & dstd_1[0] & lfuncb_1[0]);
assign trmb_1[1] = ~(srcd_n_1[1] & dstd_1[1] & lfuncb_1[1]);
assign trmb_1[2] = ~(srcd_n_1[2] & dstd_1[2] & lfuncb_1[2]);
assign trmb_1[3] = ~(srcd_n_1[3] & dstd_1[3] & lfuncb_1[3]);
assign trmb_1[4] = ~(srcd_n_1[4] & dstd_1[4] & lfuncb_1[4]);
assign trmb_1[5] = ~(srcd_n_1[5] & dstd_1[5] & lfuncb_1[5]);
assign trmb_1[6] = ~(srcd_n_1[6] & dstd_1[6] & lfuncb_1[6]);
assign trmb_1[7] = ~(srcd_n_1[7] & dstd_1[7] & lfuncb_1[7]);
assign trmb_1[8] = ~(srcd_n_1[8] & dstd_1[8] & lfuncb_1[8]);
assign trmb_1[9] = ~(srcd_n_1[9] & dstd_1[9] & lfuncb_1[9]);
assign trmb_1[10] = ~(srcd_n_1[10] & dstd_1[10] & lfuncb_1[10]);
assign trmb_1[11] = ~(srcd_n_1[11] & dstd_1[11] & lfuncb_1[11]);
assign trmb_1[12] = ~(srcd_n_1[12] & dstd_1[12] & lfuncb_1[12]);
assign trmb_1[13] = ~(srcd_n_1[13] & dstd_1[13] & lfuncb_1[13]);
assign trmb_1[14] = ~(srcd_n_1[14] & dstd_1[14] & lfuncb_1[14]);
assign trmb_1[15] = ~(srcd_n_1[15] & dstd_1[15] & lfuncb_1[15]);
assign trmb_1[16] = ~(srcd_n_1[16] & dstd_1[16] & lfuncb_1[16]);
assign trmb_1[17] = ~(srcd_n_1[17] & dstd_1[17] & lfuncb_1[17]);
assign trmb_1[18] = ~(srcd_n_1[18] & dstd_1[18] & lfuncb_1[18]);
assign trmb_1[19] = ~(srcd_n_1[19] & dstd_1[19] & lfuncb_1[19]);
assign trmb_1[20] = ~(srcd_n_1[20] & dstd_1[20] & lfuncb_1[20]);
assign trmb_1[21] = ~(srcd_n_1[21] & dstd_1[21] & lfuncb_1[21]);
assign trmb_1[22] = ~(srcd_n_1[22] & dstd_1[22] & lfuncb_1[22]);
assign trmb_1[23] = ~(srcd_n_1[23] & dstd_1[23] & lfuncb_1[23]);
assign trmb_1[24] = ~(srcd_n_1[24] & dstd_1[24] & lfuncb_1[24]);
assign trmb_1[25] = ~(srcd_n_1[25] & dstd_1[25] & lfuncb_1[25]);
assign trmb_1[26] = ~(srcd_n_1[26] & dstd_1[26] & lfuncb_1[26]);
assign trmb_1[27] = ~(srcd_n_1[27] & dstd_1[27] & lfuncb_1[27]);
assign trmb_1[28] = ~(srcd_n_1[28] & dstd_1[28] & lfuncb_1[28]);
assign trmb_1[29] = ~(srcd_n_1[29] & dstd_1[29] & lfuncb_1[29]);
assign trmb_1[30] = ~(srcd_n_1[30] & dstd_1[30] & lfuncb_1[30]);
assign trmb_1[31] = ~(srcd_n_1[31] & dstd_1[31] & lfuncb_1[31]);

// LFU.NET (57) - lftrmc[1] : nd3
assign trmc_1[0] = ~(srcd_1[0] & dstd_n_1[0] & lfuncb_2[0]);
assign trmc_1[1] = ~(srcd_1[1] & dstd_n_1[1] & lfuncb_2[1]);
assign trmc_1[2] = ~(srcd_1[2] & dstd_n_1[2] & lfuncb_2[2]);
assign trmc_1[3] = ~(srcd_1[3] & dstd_n_1[3] & lfuncb_2[3]);
assign trmc_1[4] = ~(srcd_1[4] & dstd_n_1[4] & lfuncb_2[4]);
assign trmc_1[5] = ~(srcd_1[5] & dstd_n_1[5] & lfuncb_2[5]);
assign trmc_1[6] = ~(srcd_1[6] & dstd_n_1[6] & lfuncb_2[6]);
assign trmc_1[7] = ~(srcd_1[7] & dstd_n_1[7] & lfuncb_2[7]);
assign trmc_1[8] = ~(srcd_1[8] & dstd_n_1[8] & lfuncb_2[8]);
assign trmc_1[9] = ~(srcd_1[9] & dstd_n_1[9] & lfuncb_2[9]);
assign trmc_1[10] = ~(srcd_1[10] & dstd_n_1[10] & lfuncb_2[10]);
assign trmc_1[11] = ~(srcd_1[11] & dstd_n_1[11] & lfuncb_2[11]);
assign trmc_1[12] = ~(srcd_1[12] & dstd_n_1[12] & lfuncb_2[12]);
assign trmc_1[13] = ~(srcd_1[13] & dstd_n_1[13] & lfuncb_2[13]);
assign trmc_1[14] = ~(srcd_1[14] & dstd_n_1[14] & lfuncb_2[14]);
assign trmc_1[15] = ~(srcd_1[15] & dstd_n_1[15] & lfuncb_2[15]);
assign trmc_1[16] = ~(srcd_1[16] & dstd_n_1[16] & lfuncb_2[16]);
assign trmc_1[17] = ~(srcd_1[17] & dstd_n_1[17] & lfuncb_2[17]);
assign trmc_1[18] = ~(srcd_1[18] & dstd_n_1[18] & lfuncb_2[18]);
assign trmc_1[19] = ~(srcd_1[19] & dstd_n_1[19] & lfuncb_2[19]);
assign trmc_1[20] = ~(srcd_1[20] & dstd_n_1[20] & lfuncb_2[20]);
assign trmc_1[21] = ~(srcd_1[21] & dstd_n_1[21] & lfuncb_2[21]);
assign trmc_1[22] = ~(srcd_1[22] & dstd_n_1[22] & lfuncb_2[22]);
assign trmc_1[23] = ~(srcd_1[23] & dstd_n_1[23] & lfuncb_2[23]);
assign trmc_1[24] = ~(srcd_1[24] & dstd_n_1[24] & lfuncb_2[24]);
assign trmc_1[25] = ~(srcd_1[25] & dstd_n_1[25] & lfuncb_2[25]);
assign trmc_1[26] = ~(srcd_1[26] & dstd_n_1[26] & lfuncb_2[26]);
assign trmc_1[27] = ~(srcd_1[27] & dstd_n_1[27] & lfuncb_2[27]);
assign trmc_1[28] = ~(srcd_1[28] & dstd_n_1[28] & lfuncb_2[28]);
assign trmc_1[29] = ~(srcd_1[29] & dstd_n_1[29] & lfuncb_2[29]);
assign trmc_1[30] = ~(srcd_1[30] & dstd_n_1[30] & lfuncb_2[30]);
assign trmc_1[31] = ~(srcd_1[31] & dstd_n_1[31] & lfuncb_2[31]);

// LFU.NET (59) - lftrmd[1] : nd3
assign trmd_1[0] = ~(srcd_1[0] & dstd_1[0] & lfuncb_3[0]);
assign trmd_1[1] = ~(srcd_1[1] & dstd_1[1] & lfuncb_3[1]);
assign trmd_1[2] = ~(srcd_1[2] & dstd_1[2] & lfuncb_3[2]);
assign trmd_1[3] = ~(srcd_1[3] & dstd_1[3] & lfuncb_3[3]);
assign trmd_1[4] = ~(srcd_1[4] & dstd_1[4] & lfuncb_3[4]);
assign trmd_1[5] = ~(srcd_1[5] & dstd_1[5] & lfuncb_3[5]);
assign trmd_1[6] = ~(srcd_1[6] & dstd_1[6] & lfuncb_3[6]);
assign trmd_1[7] = ~(srcd_1[7] & dstd_1[7] & lfuncb_3[7]);
assign trmd_1[8] = ~(srcd_1[8] & dstd_1[8] & lfuncb_3[8]);
assign trmd_1[9] = ~(srcd_1[9] & dstd_1[9] & lfuncb_3[9]);
assign trmd_1[10] = ~(srcd_1[10] & dstd_1[10] & lfuncb_3[10]);
assign trmd_1[11] = ~(srcd_1[11] & dstd_1[11] & lfuncb_3[11]);
assign trmd_1[12] = ~(srcd_1[12] & dstd_1[12] & lfuncb_3[12]);
assign trmd_1[13] = ~(srcd_1[13] & dstd_1[13] & lfuncb_3[13]);
assign trmd_1[14] = ~(srcd_1[14] & dstd_1[14] & lfuncb_3[14]);
assign trmd_1[15] = ~(srcd_1[15] & dstd_1[15] & lfuncb_3[15]);
assign trmd_1[16] = ~(srcd_1[16] & dstd_1[16] & lfuncb_3[16]);
assign trmd_1[17] = ~(srcd_1[17] & dstd_1[17] & lfuncb_3[17]);
assign trmd_1[18] = ~(srcd_1[18] & dstd_1[18] & lfuncb_3[18]);
assign trmd_1[19] = ~(srcd_1[19] & dstd_1[19] & lfuncb_3[19]);
assign trmd_1[20] = ~(srcd_1[20] & dstd_1[20] & lfuncb_3[20]);
assign trmd_1[21] = ~(srcd_1[21] & dstd_1[21] & lfuncb_3[21]);
assign trmd_1[22] = ~(srcd_1[22] & dstd_1[22] & lfuncb_3[22]);
assign trmd_1[23] = ~(srcd_1[23] & dstd_1[23] & lfuncb_3[23]);
assign trmd_1[24] = ~(srcd_1[24] & dstd_1[24] & lfuncb_3[24]);
assign trmd_1[25] = ~(srcd_1[25] & dstd_1[25] & lfuncb_3[25]);
assign trmd_1[26] = ~(srcd_1[26] & dstd_1[26] & lfuncb_3[26]);
assign trmd_1[27] = ~(srcd_1[27] & dstd_1[27] & lfuncb_3[27]);
assign trmd_1[28] = ~(srcd_1[28] & dstd_1[28] & lfuncb_3[28]);
assign trmd_1[29] = ~(srcd_1[29] & dstd_1[29] & lfuncb_3[29]);
assign trmd_1[30] = ~(srcd_1[30] & dstd_1[30] & lfuncb_3[30]);
assign trmd_1[31] = ~(srcd_1[31] & dstd_1[31] & lfuncb_3[31]);

// LFU.NET (61) - lfgen[0-1] : nd4
assign lfu_0[0] = ~(trma_0[0] & trmb_0[0] & trmc_0[0] & trmd_0[0]);
assign lfu_0[1] = ~(trma_0[1] & trmb_0[1] & trmc_0[1] & trmd_0[1]);
assign lfu_0[2] = ~(trma_0[2] & trmb_0[2] & trmc_0[2] & trmd_0[2]);
assign lfu_0[3] = ~(trma_0[3] & trmb_0[3] & trmc_0[3] & trmd_0[3]);
assign lfu_0[4] = ~(trma_0[4] & trmb_0[4] & trmc_0[4] & trmd_0[4]);
assign lfu_0[5] = ~(trma_0[5] & trmb_0[5] & trmc_0[5] & trmd_0[5]);
assign lfu_0[6] = ~(trma_0[6] & trmb_0[6] & trmc_0[6] & trmd_0[6]);
assign lfu_0[7] = ~(trma_0[7] & trmb_0[7] & trmc_0[7] & trmd_0[7]);
assign lfu_0[8] = ~(trma_0[8] & trmb_0[8] & trmc_0[8] & trmd_0[8]);
assign lfu_0[9] = ~(trma_0[9] & trmb_0[9] & trmc_0[9] & trmd_0[9]);
assign lfu_0[10] = ~(trma_0[10] & trmb_0[10] & trmc_0[10] & trmd_0[10]);
assign lfu_0[11] = ~(trma_0[11] & trmb_0[11] & trmc_0[11] & trmd_0[11]);
assign lfu_0[12] = ~(trma_0[12] & trmb_0[12] & trmc_0[12] & trmd_0[12]);
assign lfu_0[13] = ~(trma_0[13] & trmb_0[13] & trmc_0[13] & trmd_0[13]);
assign lfu_0[14] = ~(trma_0[14] & trmb_0[14] & trmc_0[14] & trmd_0[14]);
assign lfu_0[15] = ~(trma_0[15] & trmb_0[15] & trmc_0[15] & trmd_0[15]);
assign lfu_0[16] = ~(trma_0[16] & trmb_0[16] & trmc_0[16] & trmd_0[16]);
assign lfu_0[17] = ~(trma_0[17] & trmb_0[17] & trmc_0[17] & trmd_0[17]);
assign lfu_0[18] = ~(trma_0[18] & trmb_0[18] & trmc_0[18] & trmd_0[18]);
assign lfu_0[19] = ~(trma_0[19] & trmb_0[19] & trmc_0[19] & trmd_0[19]);
assign lfu_0[20] = ~(trma_0[20] & trmb_0[20] & trmc_0[20] & trmd_0[20]);
assign lfu_0[21] = ~(trma_0[21] & trmb_0[21] & trmc_0[21] & trmd_0[21]);
assign lfu_0[22] = ~(trma_0[22] & trmb_0[22] & trmc_0[22] & trmd_0[22]);
assign lfu_0[23] = ~(trma_0[23] & trmb_0[23] & trmc_0[23] & trmd_0[23]);
assign lfu_0[24] = ~(trma_0[24] & trmb_0[24] & trmc_0[24] & trmd_0[24]);
assign lfu_0[25] = ~(trma_0[25] & trmb_0[25] & trmc_0[25] & trmd_0[25]);
assign lfu_0[26] = ~(trma_0[26] & trmb_0[26] & trmc_0[26] & trmd_0[26]);
assign lfu_0[27] = ~(trma_0[27] & trmb_0[27] & trmc_0[27] & trmd_0[27]);
assign lfu_0[28] = ~(trma_0[28] & trmb_0[28] & trmc_0[28] & trmd_0[28]);
assign lfu_0[29] = ~(trma_0[29] & trmb_0[29] & trmc_0[29] & trmd_0[29]);
assign lfu_0[30] = ~(trma_0[30] & trmb_0[30] & trmc_0[30] & trmd_0[30]);
assign lfu_0[31] = ~(trma_0[31] & trmb_0[31] & trmc_0[31] & trmd_0[31]);
assign lfu_1[0] = ~(trma_1[0] & trmb_1[0] & trmc_1[0] & trmd_1[0]);
assign lfu_1[1] = ~(trma_1[1] & trmb_1[1] & trmc_1[1] & trmd_1[1]);
assign lfu_1[2] = ~(trma_1[2] & trmb_1[2] & trmc_1[2] & trmd_1[2]);
assign lfu_1[3] = ~(trma_1[3] & trmb_1[3] & trmc_1[3] & trmd_1[3]);
assign lfu_1[4] = ~(trma_1[4] & trmb_1[4] & trmc_1[4] & trmd_1[4]);
assign lfu_1[5] = ~(trma_1[5] & trmb_1[5] & trmc_1[5] & trmd_1[5]);
assign lfu_1[6] = ~(trma_1[6] & trmb_1[6] & trmc_1[6] & trmd_1[6]);
assign lfu_1[7] = ~(trma_1[7] & trmb_1[7] & trmc_1[7] & trmd_1[7]);
assign lfu_1[8] = ~(trma_1[8] & trmb_1[8] & trmc_1[8] & trmd_1[8]);
assign lfu_1[9] = ~(trma_1[9] & trmb_1[9] & trmc_1[9] & trmd_1[9]);
assign lfu_1[10] = ~(trma_1[10] & trmb_1[10] & trmc_1[10] & trmd_1[10]);
assign lfu_1[11] = ~(trma_1[11] & trmb_1[11] & trmc_1[11] & trmd_1[11]);
assign lfu_1[12] = ~(trma_1[12] & trmb_1[12] & trmc_1[12] & trmd_1[12]);
assign lfu_1[13] = ~(trma_1[13] & trmb_1[13] & trmc_1[13] & trmd_1[13]);
assign lfu_1[14] = ~(trma_1[14] & trmb_1[14] & trmc_1[14] & trmd_1[14]);
assign lfu_1[15] = ~(trma_1[15] & trmb_1[15] & trmc_1[15] & trmd_1[15]);
assign lfu_1[16] = ~(trma_1[16] & trmb_1[16] & trmc_1[16] & trmd_1[16]);
assign lfu_1[17] = ~(trma_1[17] & trmb_1[17] & trmc_1[17] & trmd_1[17]);
assign lfu_1[18] = ~(trma_1[18] & trmb_1[18] & trmc_1[18] & trmd_1[18]);
assign lfu_1[19] = ~(trma_1[19] & trmb_1[19] & trmc_1[19] & trmd_1[19]);
assign lfu_1[20] = ~(trma_1[20] & trmb_1[20] & trmc_1[20] & trmd_1[20]);
assign lfu_1[21] = ~(trma_1[21] & trmb_1[21] & trmc_1[21] & trmd_1[21]);
assign lfu_1[22] = ~(trma_1[22] & trmb_1[22] & trmc_1[22] & trmd_1[22]);
assign lfu_1[23] = ~(trma_1[23] & trmb_1[23] & trmc_1[23] & trmd_1[23]);
assign lfu_1[24] = ~(trma_1[24] & trmb_1[24] & trmc_1[24] & trmd_1[24]);
assign lfu_1[25] = ~(trma_1[25] & trmb_1[25] & trmc_1[25] & trmd_1[25]);
assign lfu_1[26] = ~(trma_1[26] & trmb_1[26] & trmc_1[26] & trmd_1[26]);
assign lfu_1[27] = ~(trma_1[27] & trmb_1[27] & trmc_1[27] & trmd_1[27]);
assign lfu_1[28] = ~(trma_1[28] & trmb_1[28] & trmc_1[28] & trmd_1[28]);
assign lfu_1[29] = ~(trma_1[29] & trmb_1[29] & trmc_1[29] & trmd_1[29]);
assign lfu_1[30] = ~(trma_1[30] & trmb_1[30] & trmc_1[30] & trmd_1[30]);
assign lfu_1[31] = ~(trma_1[31] & trmb_1[31] & trmc_1[31] & trmd_1[31]);
endmodule